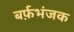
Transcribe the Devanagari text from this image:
बर्फ़भंजक